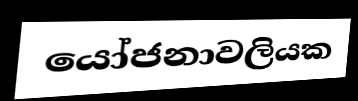
යෝජනාවලියක